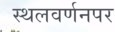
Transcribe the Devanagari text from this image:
स्थलवर्णनपर